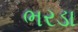
ભરડા